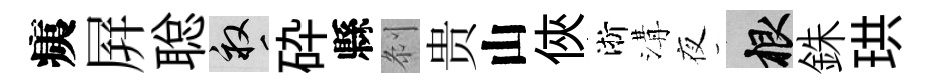
痍屛聪畝砕縣𠛴贵山俠淅溝夜根銖珙